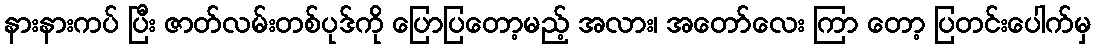
နားနားကပ် ပြီး ဇာတ်လမ်းတစ်ပုဒ်ကို ပြောပြတော့မည့် အလား၊ အတော်လေး ကြာ တော့ ပြတင်းပေါက်မှ